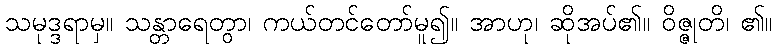
သမုဒ္ဒရာမှ။ သန္တာရေတွာ၊ ကယ်တင်တော်မူ၍။ အာဟု၊ ဆိုအပ်၏။ ဝိဇ္ဇုတိ၊ ၏။